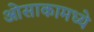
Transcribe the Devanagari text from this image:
ओसाकामध्ये